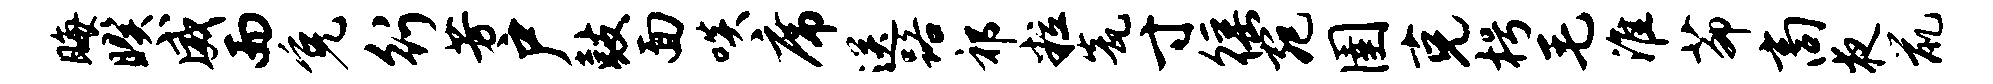
晦暌威而免行芳户鼓面啖席送路祁粒瓮寸徭宛圉克枵毛淮茆商夜鼠